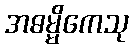
အဓမ္မိကေသု